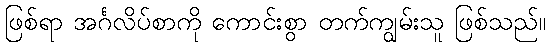
ဖြစ်ရာ အင်္ဂလိပ်စာကို ကောင်းစွာ တက်ကျွမ်းသူ ဖြစ်သည်။